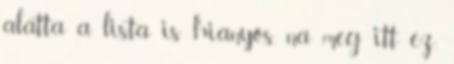
alatta a lista is hianyos, na meg itt ez,